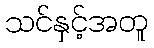
သင်နှင့်အတူ